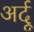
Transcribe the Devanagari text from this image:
अर्दू